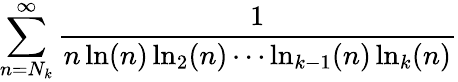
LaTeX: \sum_{n=N_{k}}^{\infty}{\frac{1}{n\ln(n)\ln_{2}(n)\cdots\ln_{k-1}(n)\ln_{k}(n)}}